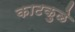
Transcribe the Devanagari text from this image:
काटकुळे